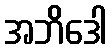
အဘိဒေါ